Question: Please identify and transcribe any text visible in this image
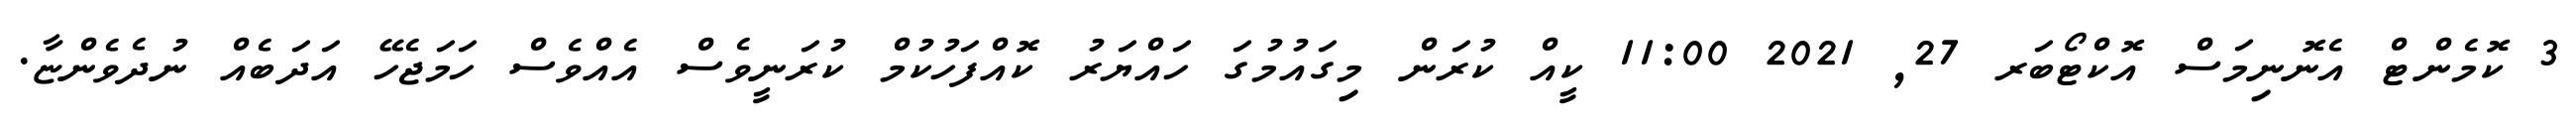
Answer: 3 ކޮމެންޓް އެނޮނިމަސް އޮކްޓޯބަރ 27, 2021 11:00 ކީއް ކުރަން މިގައުމުގަ ހައްޔަރު ކޮއްފަހުކުމް ކުރަނީވެސް އެއްވެސް ހަމަޖެހޭ އަދަބެއް ނުދެވެންޏާ.